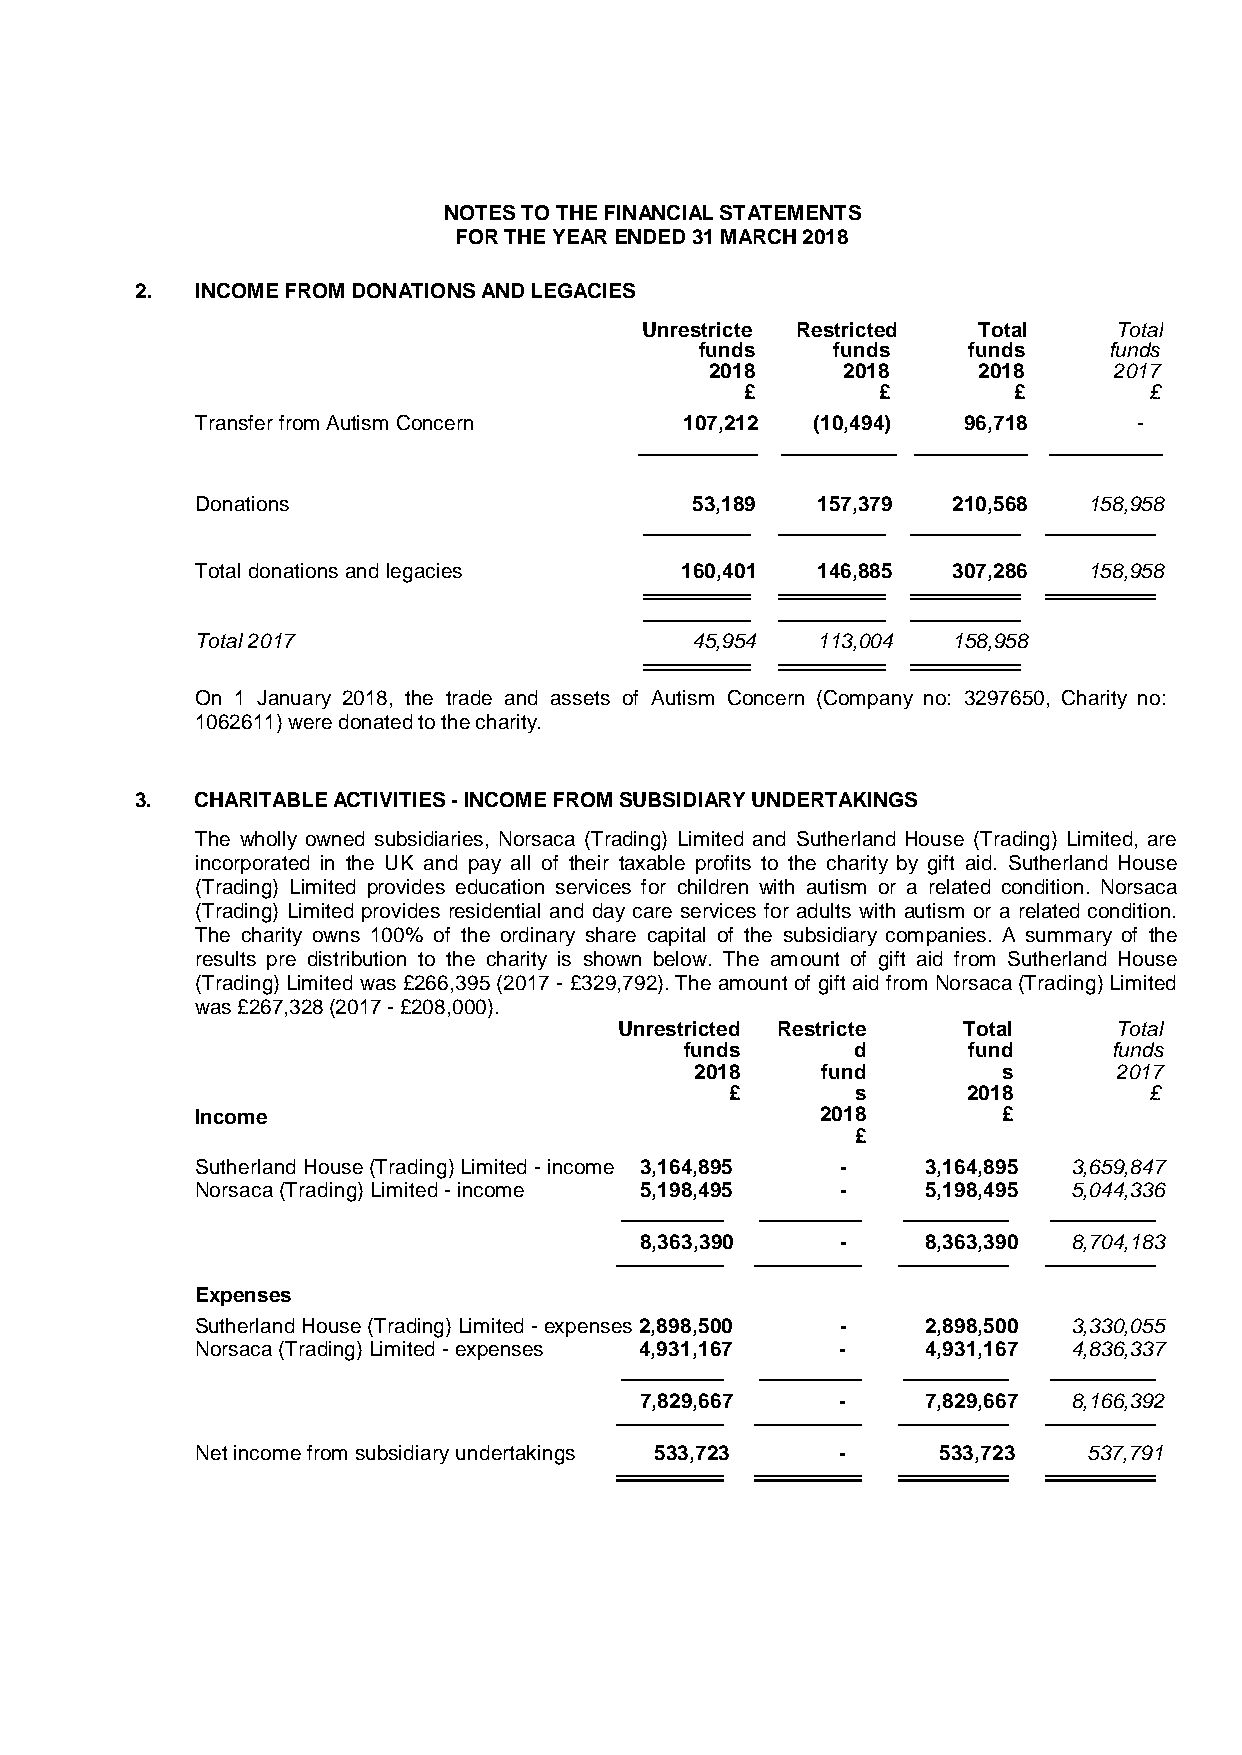
NOTES TO THE FINANCIAL STATEMENTS
 FOR THE YEAR ENDED 31 MARCH 2018
 2.  INCOME FROM DONATIONS AND LEGACIES
 Unrestricte Restricted Total   Total
 funds    funds    funds    funds
 2018     2018     2018     2017
 £        £        £        £
 Transfer from Autism Concern    107,212  (10,494)  96,718     -
 Donations                        53,189  157,379  210,568  158,958
 Total donations and legacies    160,401  146,885  307,286  158,958
 Total 2017                       45,954  113,004  158,958
 On 1 January 2018, the trade and assets of Autism Concern (Company no: 3297650, Charity no:
 1062611) were donated to the charity.
 3.  CHARITABLE ACTIVITIES - INCOME FROM SUBSIDIARY UNDERTAKINGS
 The wholly owned subsidiaries, Norsaca (Trading) Limited and Sutherland House (Trading) Limited, are
 incorporated in the UK and pay all of their taxable profits to the charity by gift aid. Sutherland House
 (Trading) Limited provides education services for children with autism or a related condition. Norsaca
 (Trading) Limited provides residential and day care services for adults with autism or a related condition.
 The charity owns 100% of the ordinary share capital of the subsidiary companies. A summary of the
 results pre distribution to the charity is shown below. The amount of gift aid from Sutherland House
 (Trading) Limited was £266,395 (2017 - £329,792). The amount of gift aid from Norsaca (Trading) Limited
 was £267,328 (2017 - £208,000).
 Unrestricted Restricte Total     Total
 funds       d      fund      funds
 2018    fund        s       2017
 £        s      2018        £
 Income                                   2018        £
 £
 Sutherland House (Trading) Limited - income 3,164,895 - 3,164,895 3,659,847
 Norsaca (Trading) Limited - income 5,198,495 -  5,198,495 5,044,336
 8,363,390     -    8,363,390 8,704,183
 Expenses
 Sutherland House (Trading) Limited - expenses 2,898,500 - 2,898,500 3,330,055
 Norsaca (Trading) Limited - expenses 4,931,167 - 4,931,167 4,836,337
 7,829,667     -    7,829,667 8,166,392
 Net income from subsidiary undertakings 533,723 - 533,723  537,791